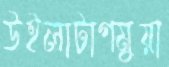
উইলাটাগমুয়া